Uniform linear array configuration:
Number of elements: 24
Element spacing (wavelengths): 0.25
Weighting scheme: exponential
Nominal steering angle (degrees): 30
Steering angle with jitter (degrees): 29.148
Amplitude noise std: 0.05
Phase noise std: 0.05

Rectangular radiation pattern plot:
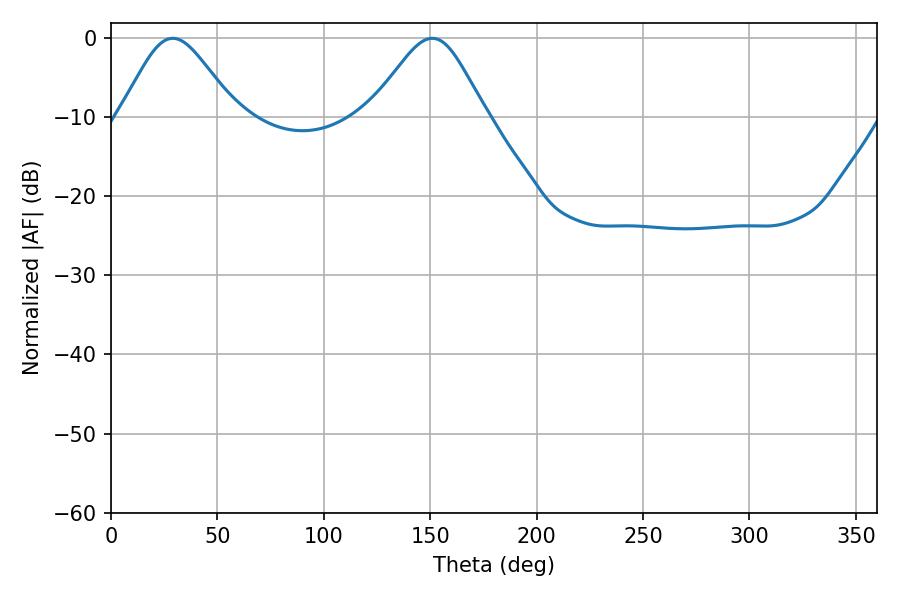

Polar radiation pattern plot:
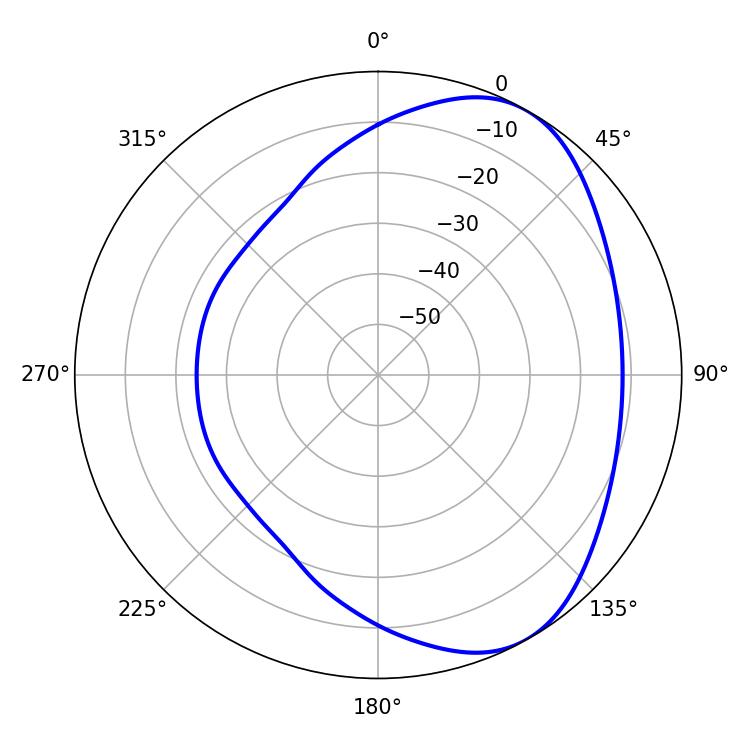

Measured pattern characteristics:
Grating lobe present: FALSE
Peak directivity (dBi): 5.23
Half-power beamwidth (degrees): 26.82
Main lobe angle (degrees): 28.98